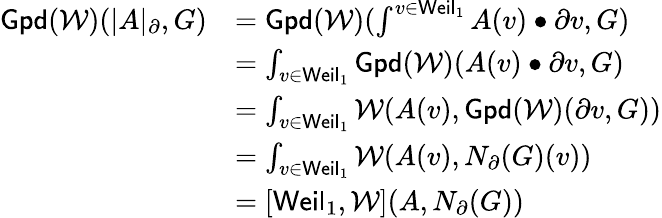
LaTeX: \begin{array}{rl}{\mathsf{Gpd}({\mathcal{W}})(|A|_{\partial},G)}&{=\mathsf{Gpd}({\mathcal{W}})(\int^{v\in\mathsf{Weil}_{1}}A(v)\bullet\partial v,G)}\\ &{=\int_{v\in\mathsf{Weil}_{1}}\mathsf{Gpd}({\mathcal{W}})(A(v)\bullet\partial v,G)}\\ &{=\int_{v\in\mathsf{Weil}_{1}}{\mathcal{W}}(A(v),\mathsf{Gpd}({\mathcal{W}})(\partial v,G))}\\ &{=\int_{v\in\mathsf{Weil}_{1}}{\mathcal{W}}(A(v),N_{\partial}(G)(v))}\\ &{=[\mathsf{Weil}_{1},{\mathcal{W}}](A,N_{\partial}(G))}\end{array}